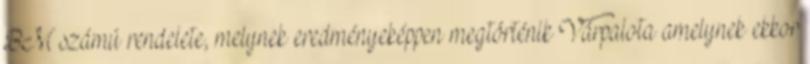
BM számú rendelete, melynek eredményeképpen megtörténik Várpalota amelynek ekkor